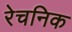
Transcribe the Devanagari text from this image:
रेचनिक